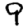
Digit: 9